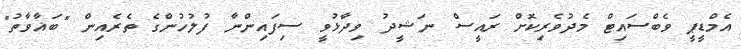
އެމްޑީޕީ ވެބްސައިޓް މެދުވެރިކޮށް ރައީސް ނަޝީދު ވިދާޅުވީ ސިފައިންނާ ފުލުހުންގެ ތެރެއިން "ބަޣާވާތު"